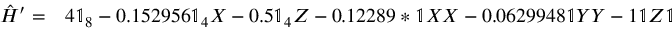
\begin{array} { r l } { \hat { H } ^ { \prime } = } & { { } 4 \mathbb { 1 } _ { 8 } - 0 . 1 5 2 9 5 6 \mathbb { 1 } _ { 4 } X - 0 . 5 \mathbb { 1 } _ { 4 } Z - 0 . 1 2 2 8 9 * \mathbb { 1 } X X - 0 . 0 6 2 9 9 4 8 \mathbb { 1 } Y Y - 1 \mathbb { 1 } Z \mathbb { 1 } + 0 . 0 2 3 7 6 2 7 \mathbb { 1 } Z X - 0 . 0 2 8 0 2 5 2 X \mathbb { 1 } X } \end{array}